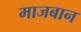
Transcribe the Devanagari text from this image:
माजबान